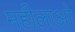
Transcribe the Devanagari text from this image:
महीलाओ